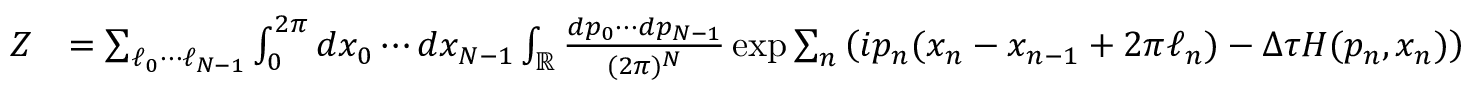
\begin{array} { r l } { Z } & { = \sum _ { \ell _ { 0 } \cdots \ell _ { N - 1 } } \int _ { 0 } ^ { 2 \pi } d x _ { 0 } \cdots d x _ { N - 1 } \int _ { \mathbb { R } } \frac { d p _ { 0 } \cdots d p _ { N - 1 } } { ( 2 \pi ) ^ { N } } \exp \sum _ { n } \left( i p _ { n } ( x _ { n } - x _ { n - 1 } + 2 \pi \ell _ { n } ) - \Delta \tau H ( p _ { n } , x _ { n } ) \right) } \end{array}